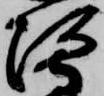
河